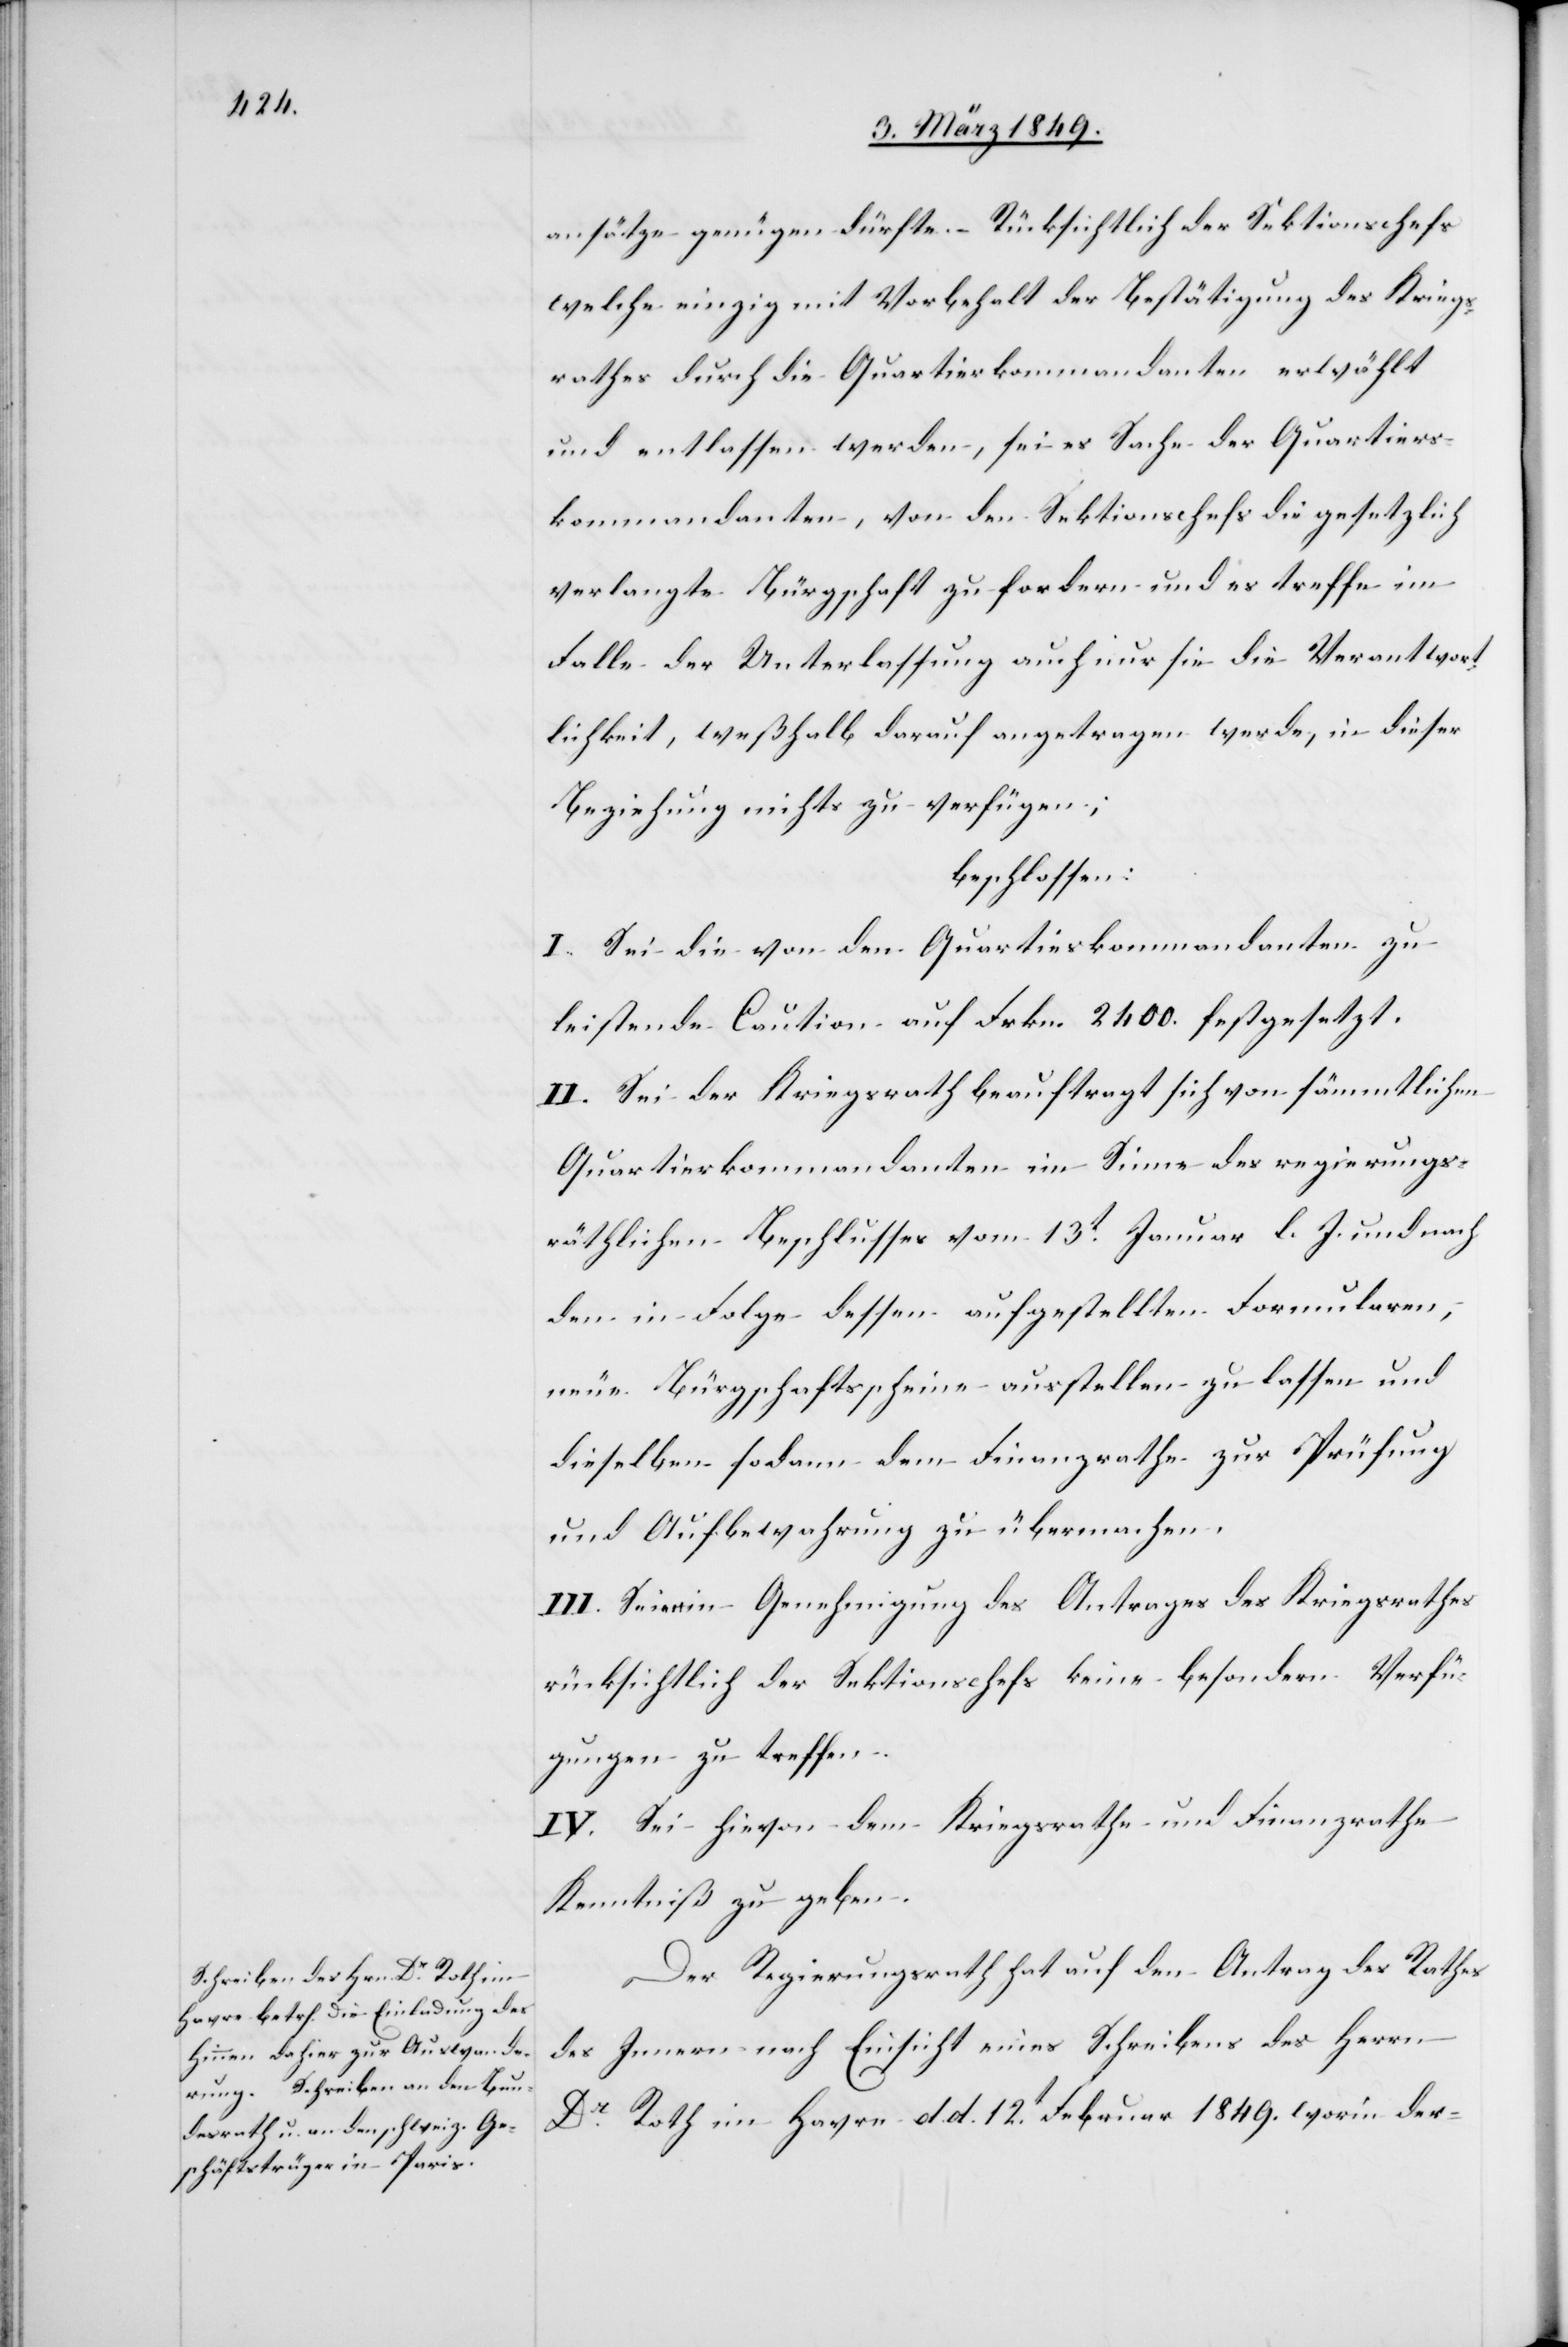
ansätze genügen dürfte. – Rücksichtlich der Sektionschefs
welche einzig mit Vorbehalt der Bestätigung des Kriegs¬
rathes durch die Quartierkommandanten erwählt
und entlassen werden, sei es Sache der Quartiers¬
kommandanten, von den Sektionschefs die gesetzlich
verlangte Bürgschaft zu fordern und es treffe im
Falle der Unterlassung auch nur sie die Verantwort¬
lichkeit, weßhalb darauf angetragen werde, in dieser
Beziehung nichts zu verfügen;
beschlossen:
I. Sei die von den Quartierskommandanten zu
leistende Caution auf Frkn. 2400. festgesetzt.
II. Sei der Kriegsrath beauftragt sich von sämmtlichen
Quartierkommandanten im Sinne des regierungs¬
räthlichen Beschlusses vom 13t. Januar l. J. und nach
den in Folge dessen aufgestellten Formularen,
neue Bürgschaftsscheine ausstellen zu lassen und
dieselben sodann dem Finanzrathe zur Prüfung
und Aufbewahrung zu übermachen.
III. Seien in Genehmigung des Antrages des Kriegsrathes
rücksichtlich der Sektionschefs keine beondern Verfü¬
gungen zu treffen.
IV. Sei hievon dem Kriegsrathe und Finanzrathe
Kenntniß zu geben.
Der Regierungsrath hat auf den Antrag des Rathes
des Innern nach Einsicht eines Schreibens des Herrn
Dr. Roth im Havre d. d. 12t. Februar 1849. worin der-